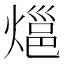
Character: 𭵰